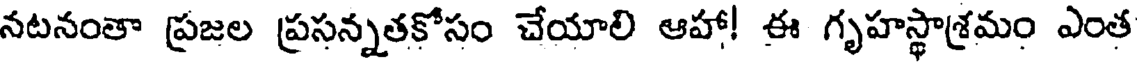
నటనంతా ప్రజల ప్రసన్నతకోసం చేయాలి ఆహా! ఈ గృహస్థాశ్రమం ఎంత